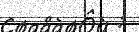
: